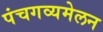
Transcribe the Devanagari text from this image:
पंचगव्यमेलन